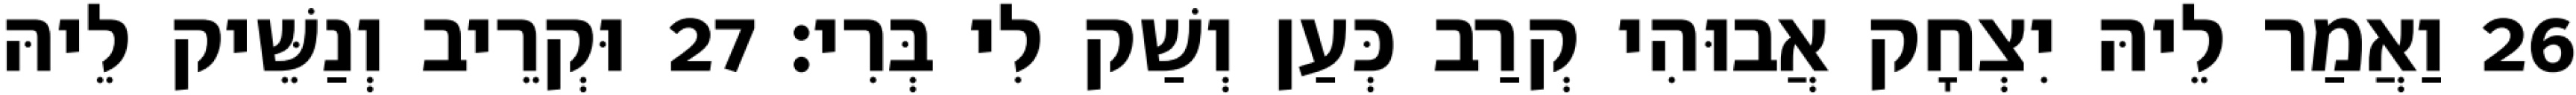
26 וַאֲמַר לֵיהּ יִצְחָק אֲבוּהִי קְרַב כְּעַן וְשַׁק לִי בְּרִי׃ 27 וּקְרֵיב וְנַשֵּׁיק לֵיהּ